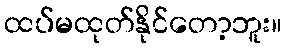
ထပ်မထုတ်နိုင်တော့ဘူး။